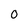
Character: O